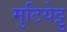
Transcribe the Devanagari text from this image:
मुटियेट्टु